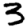
Digit: 3